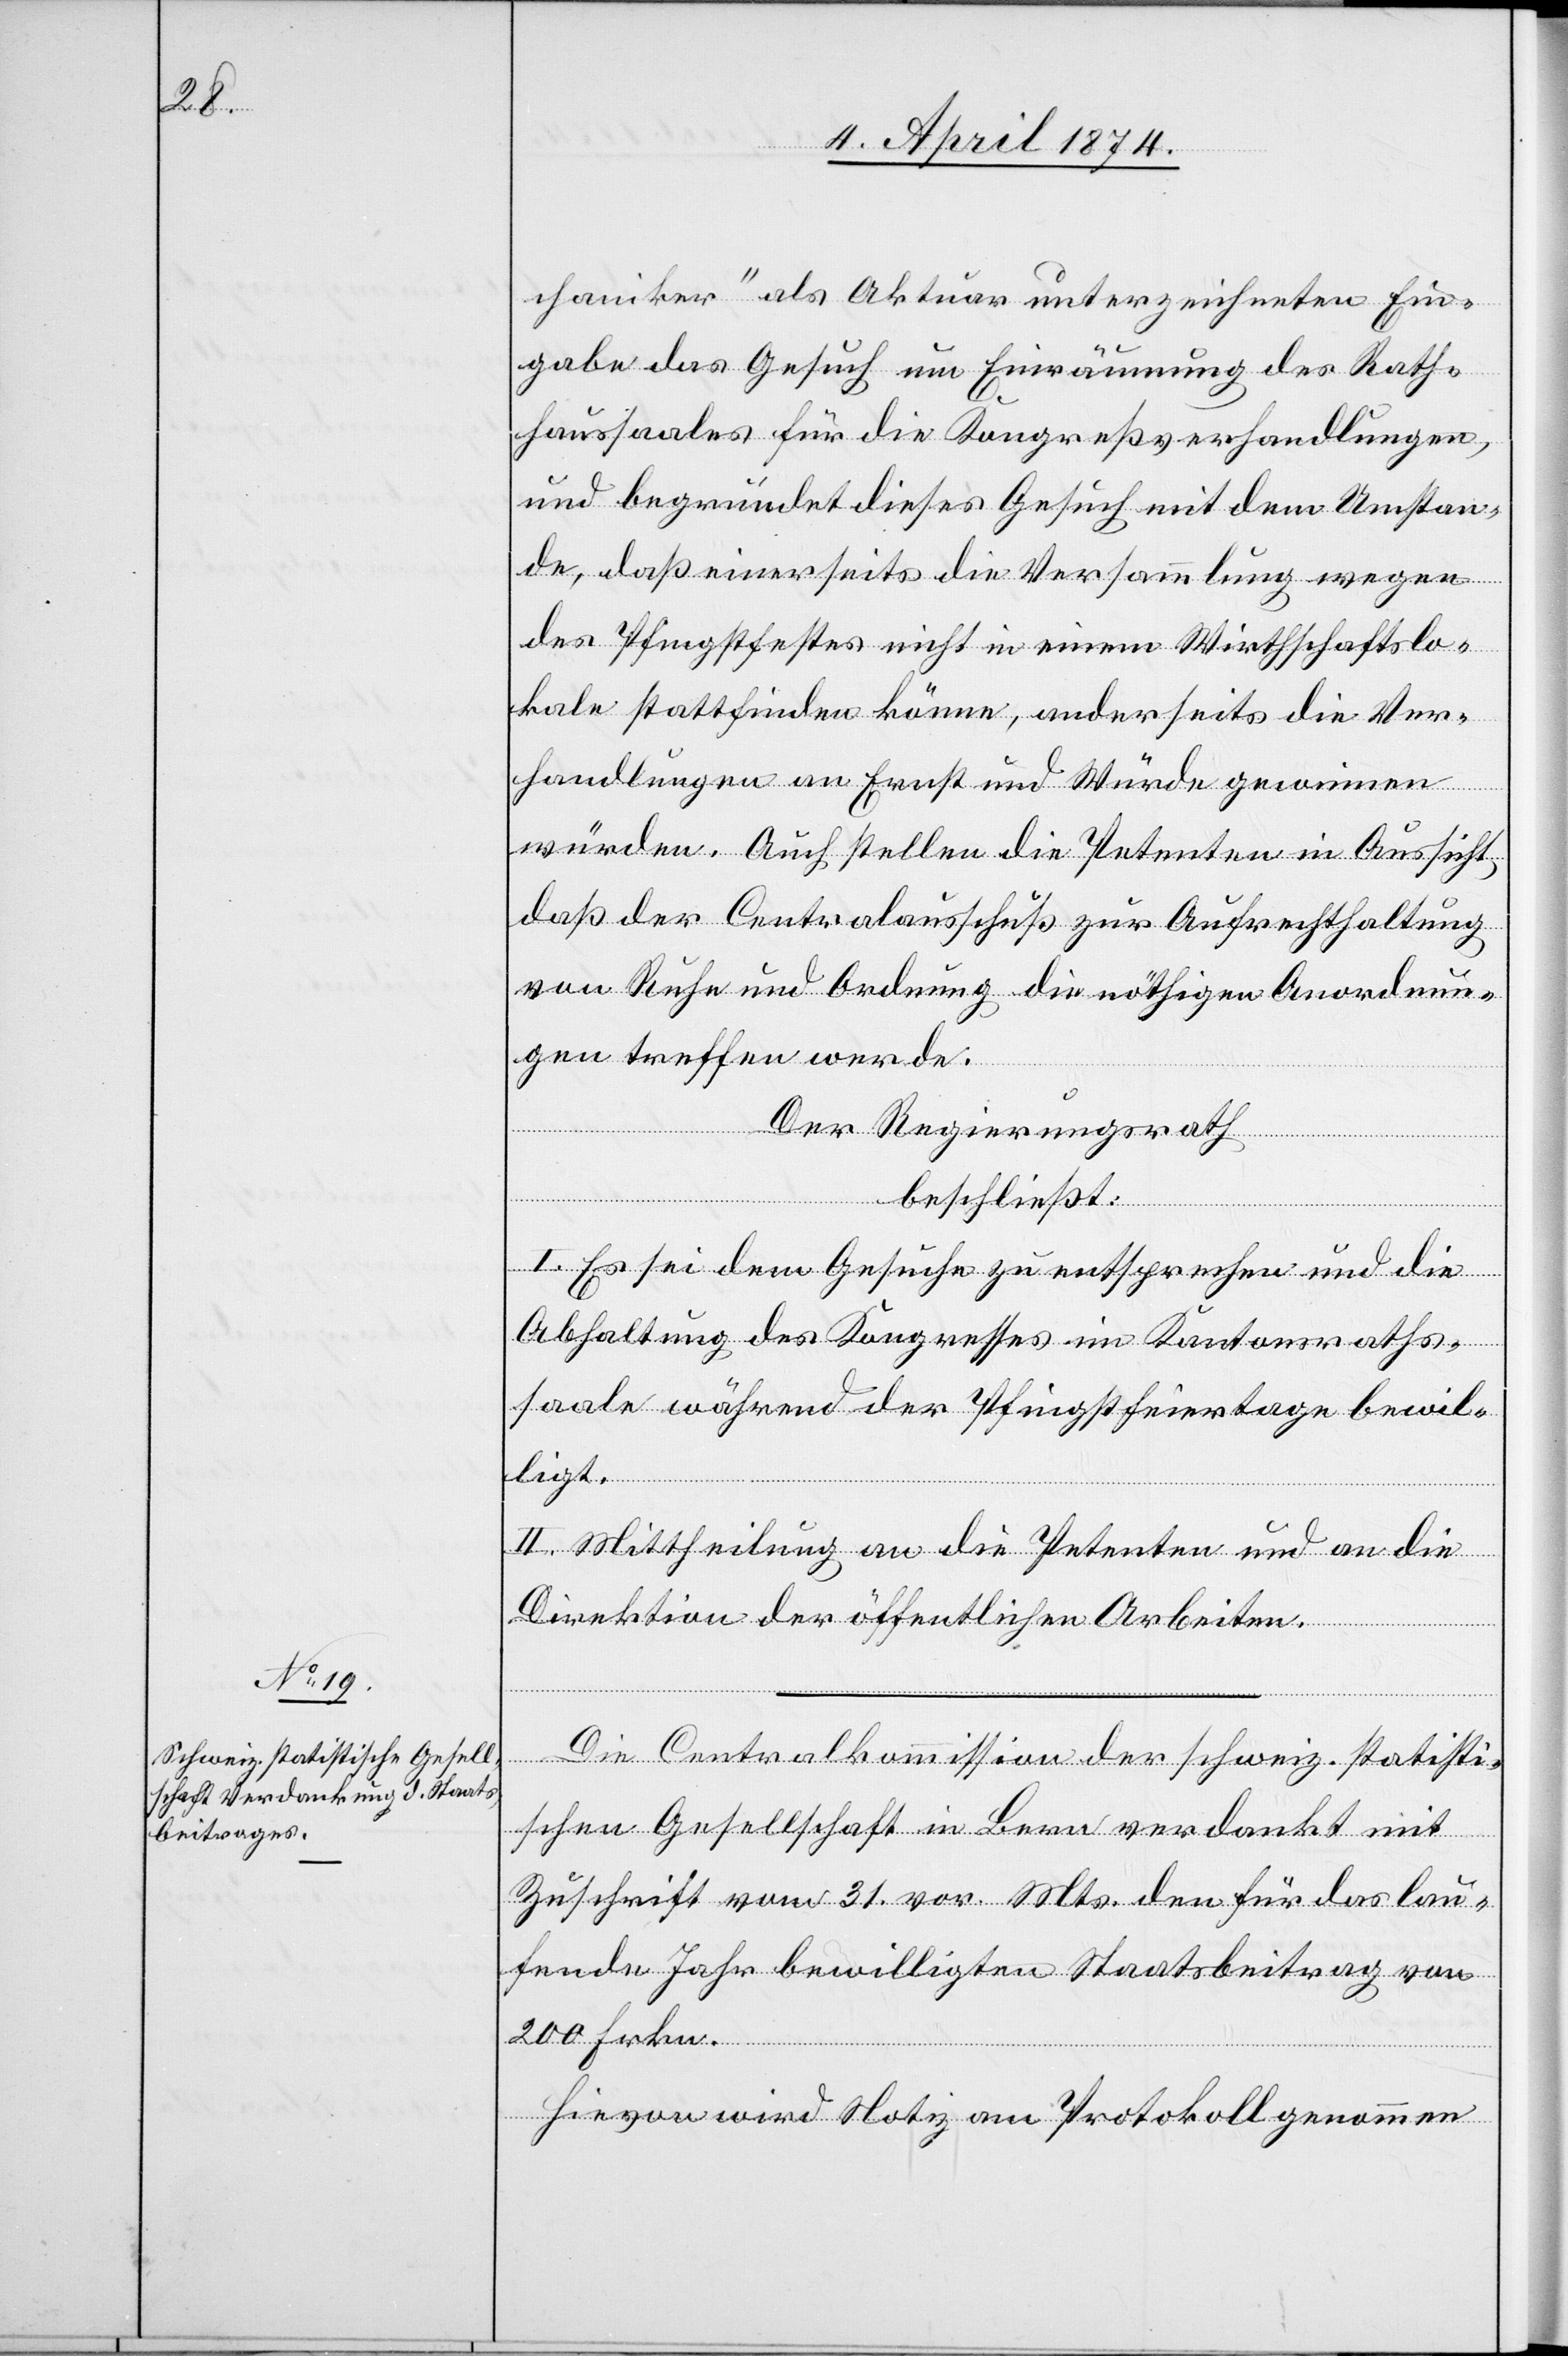
chaniker als Aktuar unterzeichneten Ein¬
gabe das Gesuch u. Einräumung des Rath¬
haussaales für die Kongreßverhandlungen,
und begründet dieses Gesuch mit dem Umstan¬
de, daß einerseits die Versammlung wegen
des Pfingstfestes nicht in einem Wirthschaftslo¬
kale stattfinden könne, anderseits die Ver¬
handlungen an Ernst und Würde gewinnen
würden. Auch stellen die Petenten in Aussicht,
daß der Centralausschuß zur Aufrechthaltung
von Ruhe und Ordnung die nöthigen Anordnun¬
gen treffen werde.
Der Regierungsrath,
beschließt
I. Es sei dem Gesuche zu entsprechen und die
Abhaltung des Kongresses im Kantonsraths¬
saale während der Pfingstfeiertage bewil¬
ligt.
II. Mittheilung an die Petenten und an die
Direktion der öffentlichen Arbeiten.
Die Centralkommission der schweiz. statisti¬
schen Gesellschaft in Bern verdankt mit
Zuschrift vom 31. vor. Mts. den für das lau¬
fende Jahr bewilligten Staatsbeitrag von
200 Frkn.
Hievon wird Notiz am Protokoll genommen